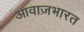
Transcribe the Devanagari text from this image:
आवाज़भारत